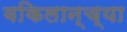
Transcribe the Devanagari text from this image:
वकिलान्च्या